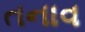
તનાવ